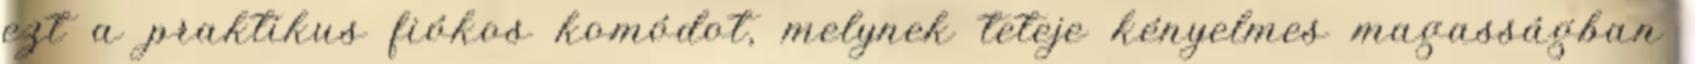
ezt a praktikus fiókos komódot, melynek teteje kényelmes magasságban